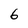
Character: 6